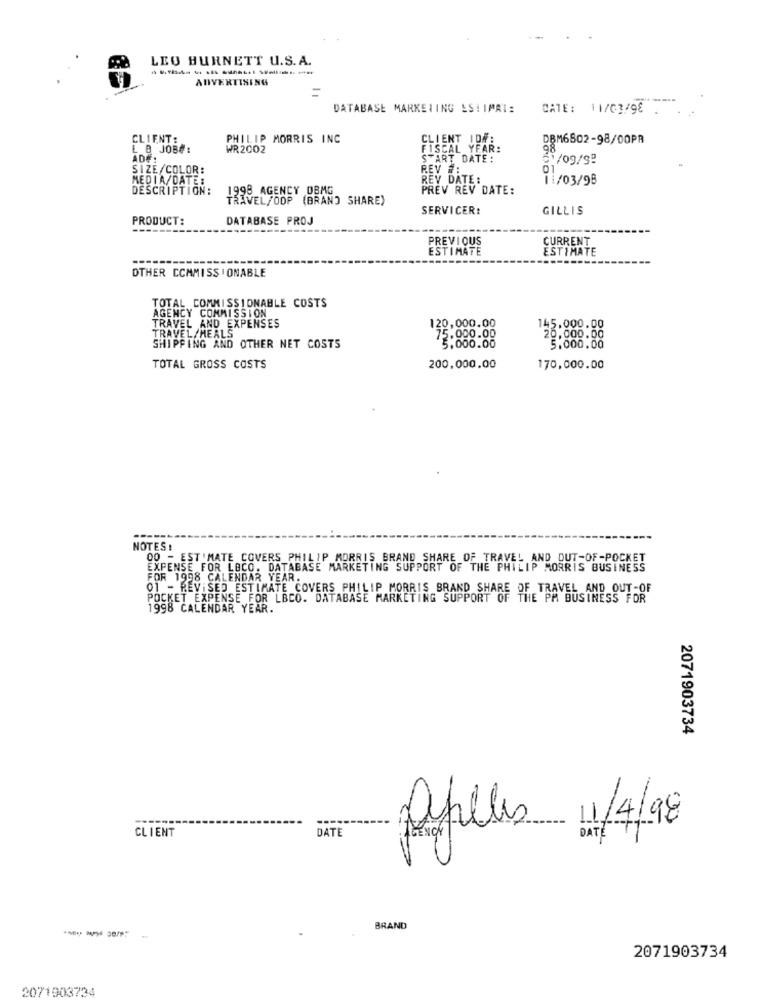
LEO BURNETT U.S. A.
ADVERTISING
DATABASE MARKETING ESTIMAT:
DATE: 11/03/98
CLIENT:
PHILIP MORRIS INC
CLIENT ID .:
DBM6802-98/00PR
₡ 8 JOB#:
WR2002
FISCAL YEAR:
98
AD#:
START DATE:
51/09/99
SIZE COLOR:
REV #:
01
MEDIA/DATE:
REY DATE :
11/03/98
DESCRIPTION:
1998 AGENCY DBMG
PREV REV DATE:
TRAVEL/OOP (BRAND SHARE)
SERVICER:
GILLIS
PRODUCT:
DATABASE PROJ
PREVIOUS
CURRENT
ESTIMATE
ESTIMATE
OTHER COMMISSIONABLE
AGENCY COMMISSION
TOTAL COMMISSIONABLE COSTS
TRAVEL AND EXPENSES
120, 000.00
145.000.00
TRAVEL/MEALS
75.000.00
20,000.00
SHIPPING AND OTHER NET COSTS
5.000.00
5.000.00
TOTAL GROSS COSTS
200,000.00
170,000.00
NOTES !
00 - ESTIMATE COVERS_PHILIP MORRIS BRAND SHARE OF TRAVEL AND OUT-OF-POCKET
EXPENSE FOR LOCO. DATABASE MARKETING SUPPORT OF THE PHILIP MORRIS BUSINESS
FOR 1998 CALENDAR YEAR.
01 - REVISED ESTIMATE COVERS PHILIP MORRIS BRAND SHARE OF TRAVEL AND OUT-OF
POCKET EXPENSE FOR LBCO. DATABASE MARKETING SUPPORT OF THE PM BUSINESS FOR
1998 CALENDAR YEAR.
2071903734
----
CLIENT
DATE
Defilles 11/4/98
BRAND
2071903734
2071903734